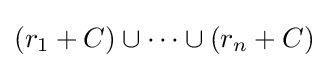
\left(r_{1}+C\right)\cup \cdots \cup \left(r_{n}+C\right)